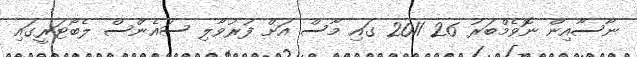
ނާސާއިން ނޮވެމްބަރު 26 2011 ގައި މާސް އަށް ފުރުވާލި ސައެންސް ލެބޯޓަރީގައި